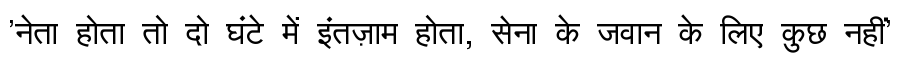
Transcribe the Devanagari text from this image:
'नेता होता तो दो घंटे में इंतज़ाम होता, सेना के जवान के लिए कुछ नहीं'